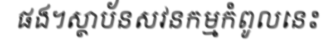
ផង។ស្ថាប័នសវនកម្មកំពូលនេះ